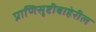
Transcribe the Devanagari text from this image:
प्राणिसृष्टीबाहेरील